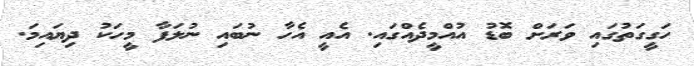
ހަގީގަތުގައި ވަރަށް ބޮޑު އުއްމީދެއްގައި. އެއީ އެހާ ނުބައި ނުލަފާ މީހަކު ދިޔައިމަ.